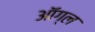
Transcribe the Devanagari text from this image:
ऑग्ल